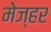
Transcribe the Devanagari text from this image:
मेज्हर